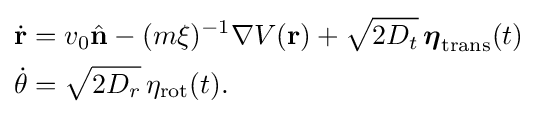
{\begin{aligned}{\dot {\mathbf {r} }}&=v_{0}{\hat {\mathbf {n} }}-(m\xi )^{-1}\nabla V(\mathbf {r} )+{\sqrt {2D_{t}}}\,{\boldsymbol {\eta }}_{\text{trans}}(t)\\{\dot {\theta }}&={\sqrt {2D_{r}}}\,\eta _{\text{rot}}(t).\end{aligned}}